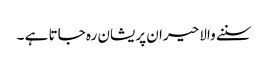
سننے والا حیران پریشان رہ جاتا ہے ۔